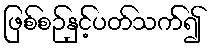
ဖြစ်စဉ်နှင့်ပတ်သက်၍